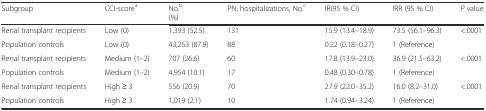
<table><thead><tr><td><b>Subgroup</b></td><td><b>CCI-score<sup>a</sup></b></td><td><b>No.<sup>b</sup>(%)</b></td><td><b>PN, hospitalizations, No.<sup>c</sup></b></td><td><b>IR(95 % CI)</b></td><td><b>IRR (95 % CI)</b></td><td><b><i>P</i> value</b></td></tr></thead><tbody><tr><td>Renal transplant recipients</td><td>Low (0)</td><td>1,393 (52.5)</td><td>131</td><td>15.9 (13.4–18.9)</td><td>73.5 (56.1–96.3)</td><td>&lt;.0001</td></tr><tr><td>Population controls</td><td>Low (0)</td><td>43,253 (87.9)</td><td>88</td><td>0.22 (0.18–0.27)</td><td>1 (Reference)</td><td></td></tr><tr><td>Renal transplant recipients</td><td>Medium (1–2)</td><td>707 (26.6)</td><td>60</td><td>17.8 (13.9–23.0)</td><td>36.9 (21.5–63.2)</td><td>&lt;.0001</td></tr><tr><td>Population controls</td><td>Medium (1–2)</td><td>4,954 (10.1)</td><td>17</td><td>0.48 (0.30–0.78)</td><td>1 (Reference)</td><td></td></tr><tr><td>Renal transplant recipients</td><td>High ≥ 3</td><td>556 (20.9)</td><td>70</td><td>27.9 (22.0–35.2)</td><td>16.0 (8.2–31.0)</td><td>&lt;.0001</td></tr><tr><td>Population controls</td><td>High ≥ 3</td><td>1,019 (2.1)</td><td>10</td><td>1.74 (0.94–3.24)</td><td>1 (Reference)</td><td></td></tr></tbody></table>